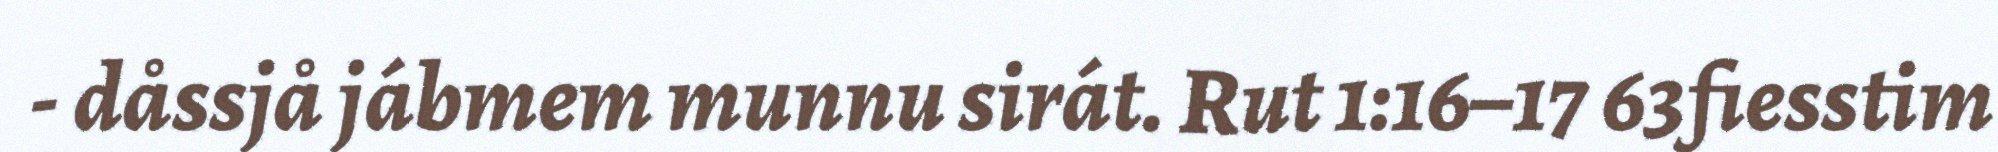
- dåssjå jábmem munnu sirát. Rut 1:16–17 63fiesstim